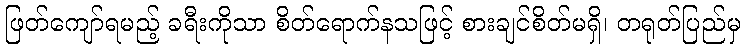
ဖြတ်ကျော်ရမည့် ခရီးကိုသာ စိတ်ရောက်နသဖြင့် စားချင်စိတ်မရှိ၊ တရုတ်ပြည်မှ